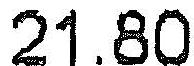
21.80